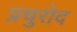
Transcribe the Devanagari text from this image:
प्रचुरोद